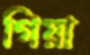
গিয়া